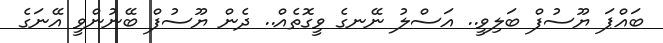
ބައްޕަ ޔޫސުފް ބަލިވީ.. އަސްލު ނޭނގެ ވީގޮތެއް.. ދެން ޔޫސުފް ބޭނުންވީ އޭނަގެ